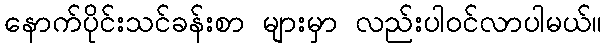
နောက်ပိုင်းသင်ခန်းစာ များမှာ လည်းပါဝင်လာပါမယ်။